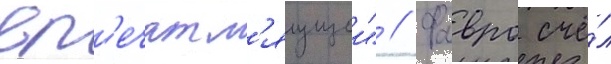
вп'ечатл'яущеи" // Фавро счё́л